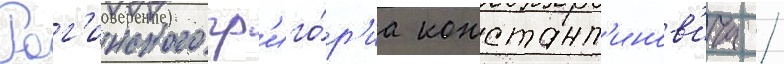
Рог'инского гр'иго́р'иа констант'инов'ича /